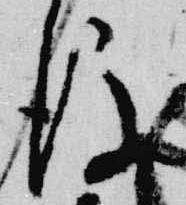
後